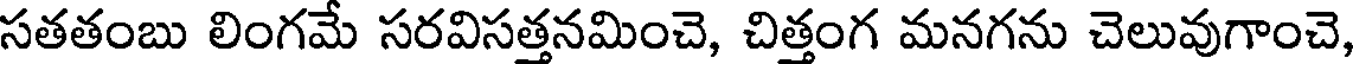
సతతంబు లింగమే సరవిసత్తనమించె, చిత్తంగ మనగను చెలువుగాంచె,